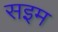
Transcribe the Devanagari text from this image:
सइम